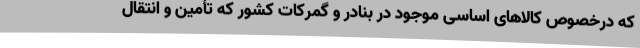
که درخصوص کالاهای اساسی موجود در بنادر و گمرکات کشور که تأمین و انتقال